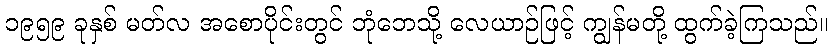
၁၉၅၉ ခုနှစ် မတ်လ အစောပိုင်းတွင် ဘုံဘေသို့ လေယာဉ်ဖြင့် ကျွန်မတို့ ထွက်ခဲ့ကြသည်။